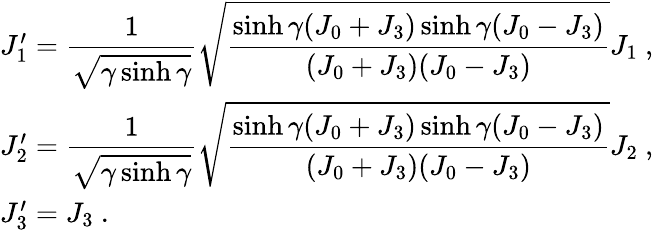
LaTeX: \begin{array}{l}{{J_{1}^{\prime}=\displaystyle\frac{1}{\sqrt{\gamma\sinh\gamma}}\sqrt{\displaystyle\frac{\sinh\gamma(J_{0}+J_{3})\sinh\gamma(J_{0}-J_{3})}{(J_{0}+J_{3})(J_{0}-J_{3})}}J_{1}~,}}\\ {{J_{2}^{\prime}=\displaystyle\frac{1}{\sqrt{\gamma\sinh\gamma}}\sqrt{\displaystyle\frac{\sinh\gamma(J_{0}+J_{3})\sinh\gamma(J_{0}-J_{3})}{(J_{0}+J_{3})(J_{0}-J_{3})}}J_{2}~,}}\\ {{J_{3}^{\prime}=J_{3}~.}}\end{array}